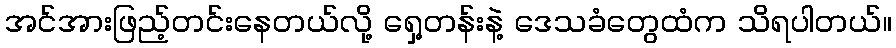
အင်အားဖြည့်တင်းနေတယ်လို့ ရှေ့တန်းနဲ့ ဒေသခံတွေထံက သိရပါတယ်။